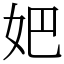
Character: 妑